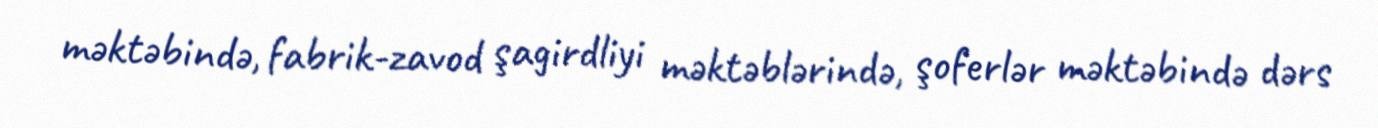
məktəbində, fabrik-zavod şagirdliyi məktəblərində, şoferlər məktəbində dərs